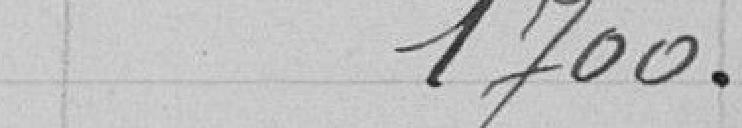
1700 .